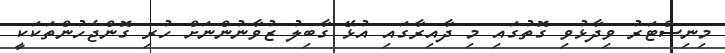
މިނިސްޓަރު ވިދާޅުވި ގޮތުގައި މި ދާއިރާގައި އުޅޭ ގާބިލު ޒުވާނުންނަށް ހުރި ގޮންޖެހުންތަކަކީ